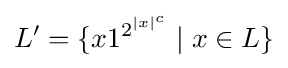
L'=\{x1^{2^{|x|^{c}}}\mid x\in L\}